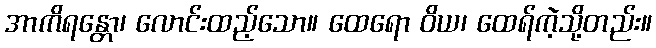
အာကိရန္တော၊ လောင်းထည့်သော။ ထေရော ဝိယ၊ ထေရ်ကဲ့သို့တည်း။